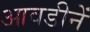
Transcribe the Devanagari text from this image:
आवडीनें